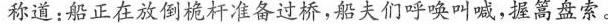
称道：船正在放倒桅杆准备过桥，船夫们呼唤叫喊，握篙盘索。